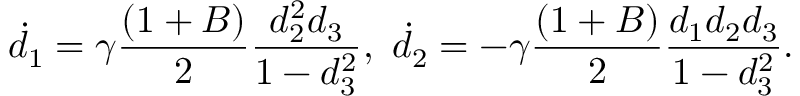
\dot { d } _ { 1 } = \gamma \frac { ( 1 + B ) } { 2 } \frac { d _ { 2 } ^ { 2 } d _ { 3 } } { 1 - d _ { 3 } ^ { 2 } } , ~ \dot { d } _ { 2 } = - \gamma \frac { ( 1 + B ) } { 2 } \frac { d _ { 1 } d _ { 2 } d _ { 3 } } { 1 - d _ { 3 } ^ { 2 } } .